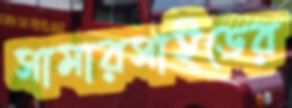
সামারসাইডের